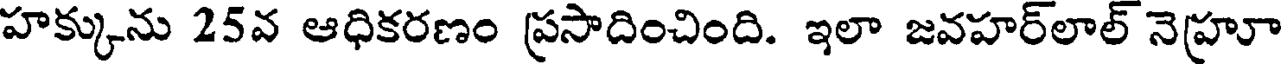
హక్కును 25వ ఆధికరణం ప్రసాదించింది. ఇలా జవహర్లాల్ నెహ్రూ